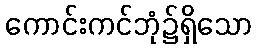
ကောင်းကင်ဘုံ၌ရှိသော